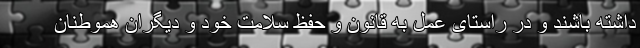
داشته باشند و در راستای عمل به قانون و حفظ سلامت خود و دیگران هموطنان